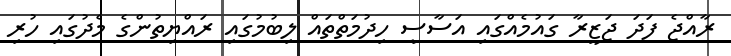
ރާއްޖެ ފަދަ ޖަޒީރާ ގައުމެއްގައި އަސާސީ ހިދުމަތްތައް ލިބުމުގައި ރައްޔިތުންގެ މެދުގައި ހުރި